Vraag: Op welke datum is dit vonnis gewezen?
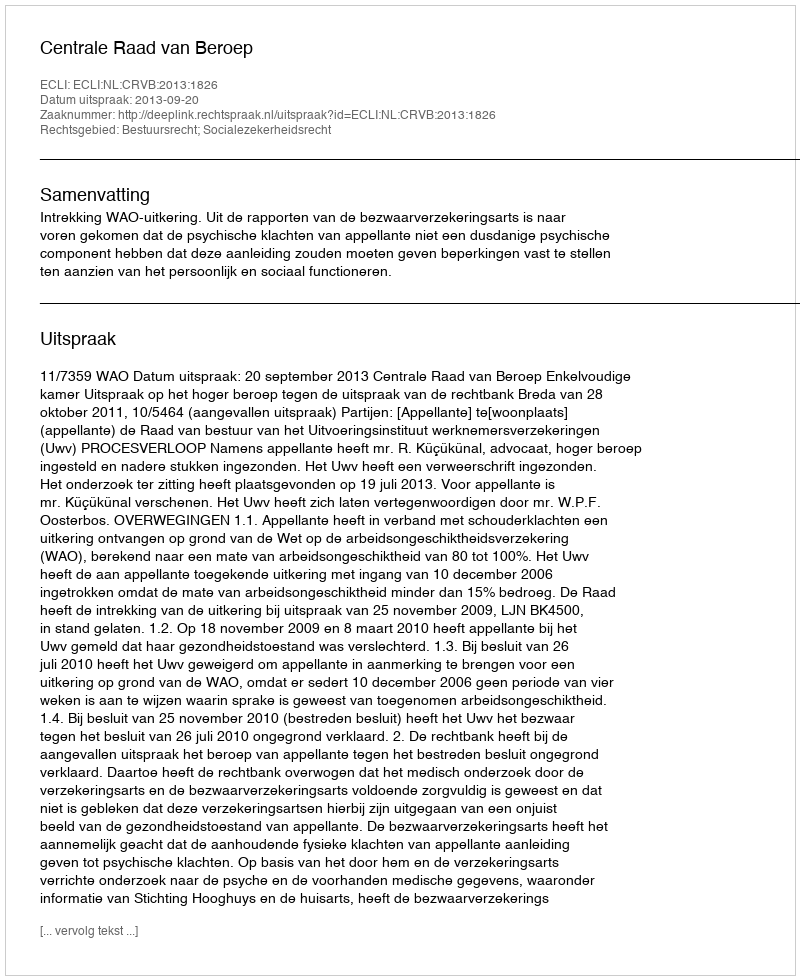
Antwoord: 2013-09-20